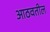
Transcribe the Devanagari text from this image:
आठवतील